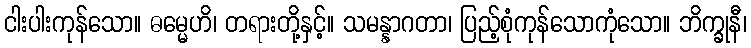
ငါးပါးကုန်သော။ ဓမ္မေဟိ၊ တရားတို့နှင့်။ သမန္နာဂတာ၊ ပြည့်စုံကုန်သောကုံသော။ ဘိက္ခုနီ၊